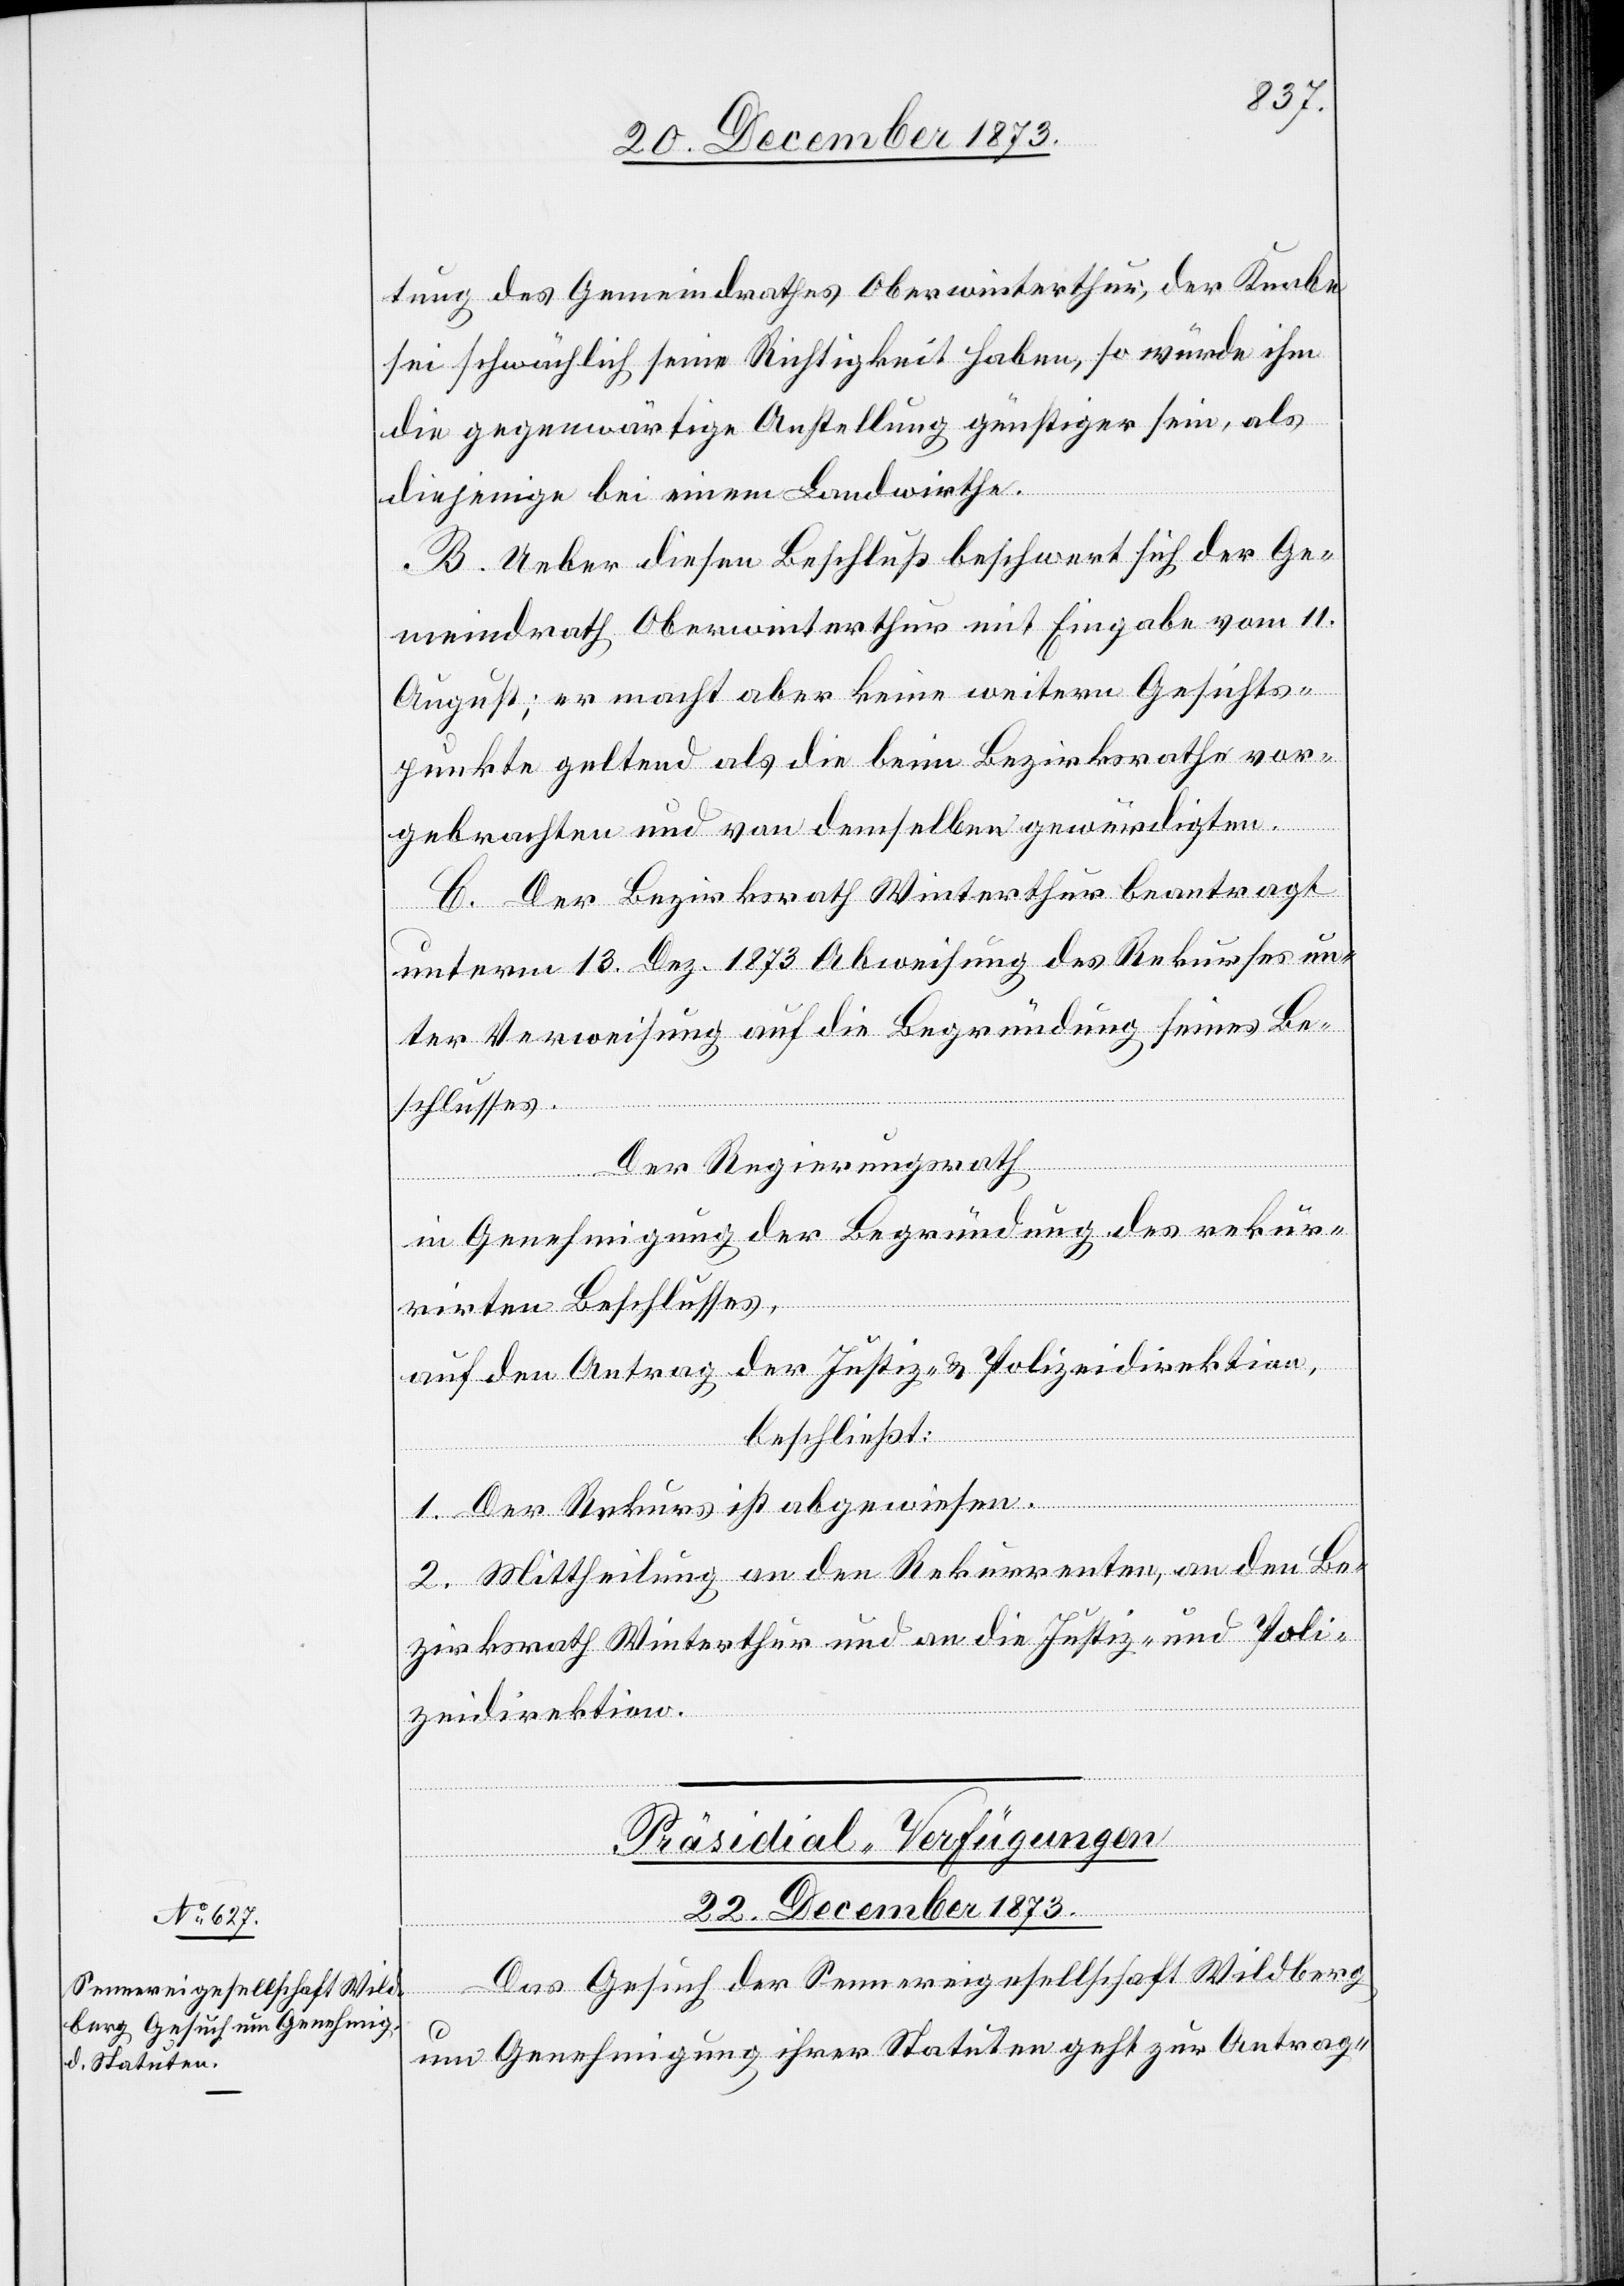
tung des Gemeindrathes Oberwinterthur, der Knabe
sei schwächlich seine Richtigkeit haben, so würde ihm
die gegenwärtige Anstellung günstiger sein, als
diejenige bei einem Landwirthe.
B. Ueber diesen Beschluß beschwert sich der Ge¬
meindrath Oberwinterthur mit Eingabe vom 11.
August; er macht aber keine weitern Gesichts¬
punkte geltend als die beim Bezirksrathe vor¬
gebrachten und von demselben gewürdigten.
C. Der Bezirksrath Winterthur beantragt
unterm 13. Dez. 1873 Abweisung des Rekurses un¬
ter Verweisung auf die Begründung seines Be¬
schlusses.
Der Regierungsrath
in Genehmigung der Begründung der rekur¬
rirten Beschlusses,
auf den Antrag der Justiz- & Polizeidirektion,
beschließt:
Gesuch
1. Der Rekurs ist abgewiesen.
2. Mittheilung an den Rekurrenten, an den Be¬
zirksrath Winterthur und an die Justiz- und Poli¬
zeidirektion.
Präsidial-Verfügungen
22. December 1873.
der
um Genehmigung ihrer Statuten geht zur Antrag-